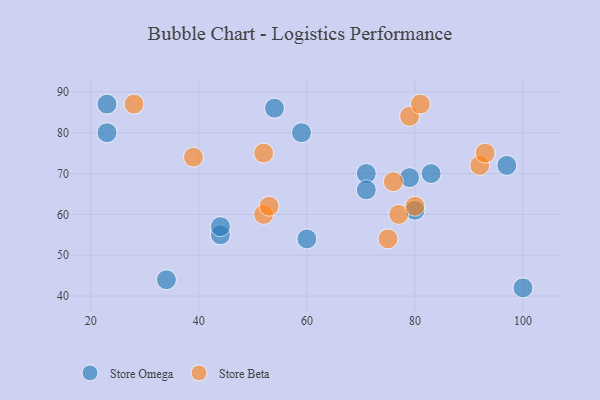
{"axis": {"x": "GDP", "y": "Life Expectancy"}, "legend": ["Store Beta", "Store Omega"], "data": [{"x": "83", "y": 70, "type": "Store Omega"}, {"x": "44", "y": 55, "type": "Store Omega"}, {"x": "34", "y": 44, "type": "Store Omega"}, {"x": "59", "y": 80, "type": "Store Omega"}, {"x": "71", "y": 70, "type": "Store Omega"}, {"x": "71", "y": 66, "type": "Store Omega"}, {"x": "60", "y": 54, "type": "Store Omega"}, {"x": "23", "y": 87, "type": "Store Omega"}, {"x": "100", "y": 42, "type": "Store Omega"}, {"x": "80", "y": 61, "type": "Store Omega"}, {"x": "23", "y": 80, "type": "Store Omega"}, {"x": "44", "y": 57, "type": "Store Omega"}, {"x": "79", "y": 69, "type": "Store Omega"}, {"x": "54", "y": 86, "type": "Store Omega"}, {"x": "97", "y": 72, "type": "Store Omega"}, {"x": "79", "y": 84, "type": "Store Beta"}, {"x": "77", "y": 60, "type": "Store Beta"}, {"x": "75", "y": 54, "type": "Store Beta"}, {"x": "28", "y": 87, "type": "Store Beta"}, {"x": "52", "y": 60, "type": "Store Beta"}, {"x": "39", "y": 74, "type": "Store Beta"}, {"x": "53", "y": 62, "type": "Store Beta"}, {"x": "92", "y": 72, "type": "Store Beta"}, {"x": "52", "y": 75, "type": "Store Beta"}, {"x": "76", "y": 68, "type": "Store Beta"}, {"x": "93", "y": 75, "type": "Store Beta"}, {"x": "81", "y": 87, "type": "Store Beta"}, {"x": "80", "y": 62, "type": "Store Beta"}]}